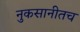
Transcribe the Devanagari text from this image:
नुकसानीतच